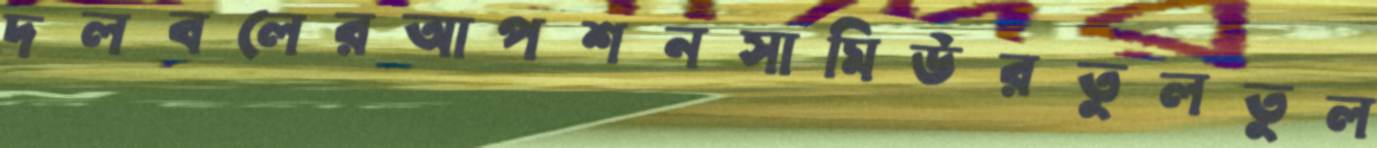
দলবলেরআপশনসামিউরতুলতুল